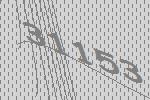
31153